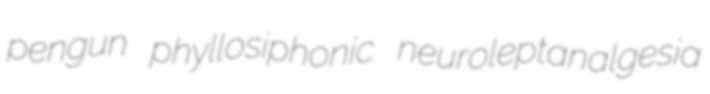
pengun phyllosiphonic neuroleptanalgesia